Papers set at the Examination for Leaving Certificates, 1889
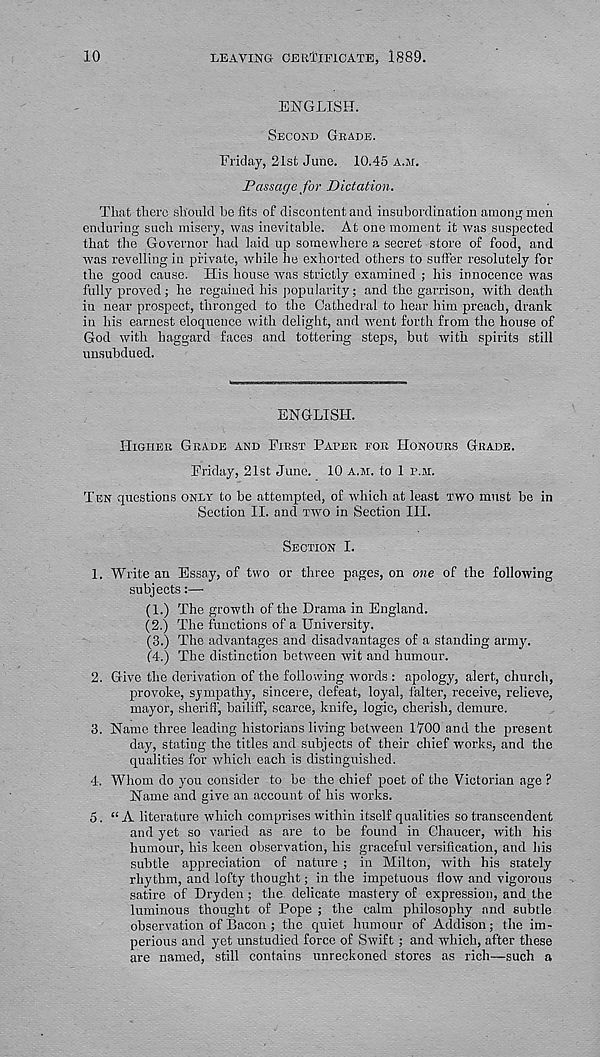
10
LEAVING CERTIFICATE, 1889.
ENGLISH.
SECOND GRADE.
Friday, 21st June. 10.45 A.M.
Passage for Dictation.
That there should befits of discontent and insubordination among men
enduring such misery, was inevitable. At one moment it was suspected
that the Governor had laid up somewhere a secret store of food, and
was revelling in private, while he exhorted others to suffer resolutely for
the good cause. His house was strictly examined ; his innocence was
fully proved; he regained his popularity; and the garrison, with death
in near prospect, thronged to the Cathedral to hear him preach, drank
in his earnest eloquence with delight, and went forth from the house of
God with haggard faces and tottering steps, but with spirits still
unsubdued.
ENGLISH.
HIGHER GRADE AND FIRST PARER FOR HONOURS GRADE.
Friday, 21st June. 10 A.M. to 1 P.M.
TEN questions ONLY to be attempted, of which at least TWO must be in
Section II. and TWO in Section III.
SECTION I.
1. Write an Essay, of two or three pages, on one of the following
subjects:—
(1.) The growth of the Drama in England.
(2.) The functions of a University.
(3.) The advantages and disadvantages of a standing army.
(4.) The distinction between wit and humour.
2. Give the derivation of the following words : apology, alert, church,
provoke, sympathy, sincere, defeat, loyal, falter, receive, relieve,
mayor, sheriff, bailiff, scarce, knife, logic, cherish, demure.
3. Name three leading historians living between 1700 and the present
day, stating the titles and subjects of their chief works, and the
qualities for which each is distinguished.
4. Whom do you consider to be the chief poet of the Victorian age ?
Name and give an account of his works.
5. “A literature which comprises within itself qualities so transcendent
and yet so varied as are to be found in Chaucer, with his
humour, his keen observation, his graceful versification, and his
subtle appreciation of nature ; in Milton, with his stately
rhythm, and lofty thought; in the impetuous How and vigorous
satire of Dryden; the delicate mastery of expression, and the
luminous thought of Pope ; the calm philosophy and subtle
observation of Bacon ; the quiet humour of Addison; the im-
perious and yet unstudied force of Swift ; and which, after these
are named, still contains unreckoned stores as rich—such a